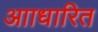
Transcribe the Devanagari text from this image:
आाधारित